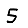
Digit: 5